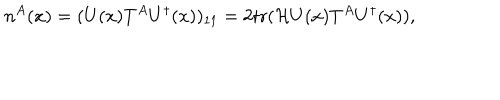
n ^ { A } ( x ) = ( U ( x ) T ^ { A } U ^ { \dagger } ( x ) ) _ { 1 1 } = 2 \mathrm { t r } ( { \cal H } U ( x ) T ^ { A } U ^ { \dagger } ( x ) ) ,